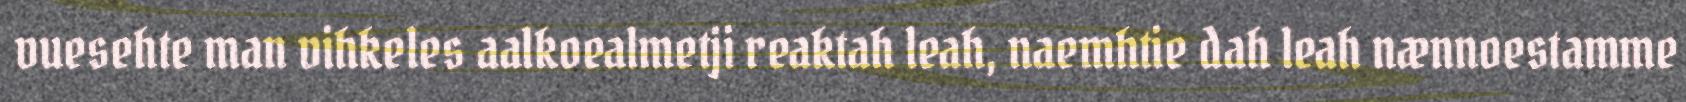
vuesehte man vihkeles aalkoealmetji reaktah leah, naemhtie dah leah nænnoestamme